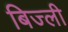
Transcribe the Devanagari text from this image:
बिज्ली